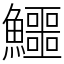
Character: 鱷